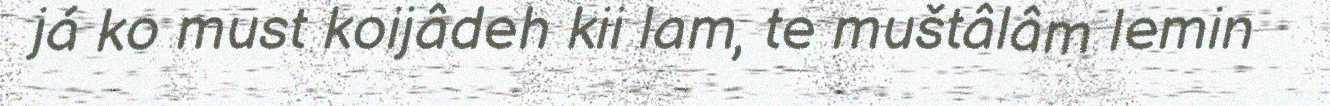
já ko must koijâdeh kii lam, te muštâlâm lemin